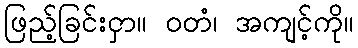
ဖြည့်ခြင်းငှာ။ ဝတံ၊ အကျင့်ကို။